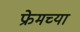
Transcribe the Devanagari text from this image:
फ्रेमच्या